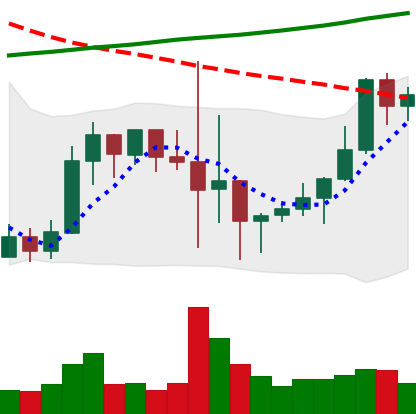
Ticker: LINK-USD
Chart end date: 2019-10-04
Forward return: 41.693%
Label: up_7plus